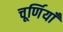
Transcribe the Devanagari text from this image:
चूर्णियाँ